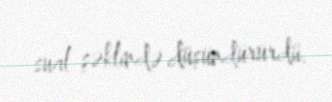
sual şəklində düşündürürdü.